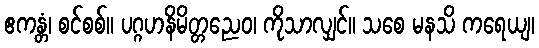
ဧကန္တံ၊ စင်စစ်။ ပဂ္ဂဟနိမိတ္တညေဝ၊ ကိုသာလျှင်။ သစေ မနသိ ကရေယျ၊